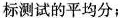
标测试的平均分；